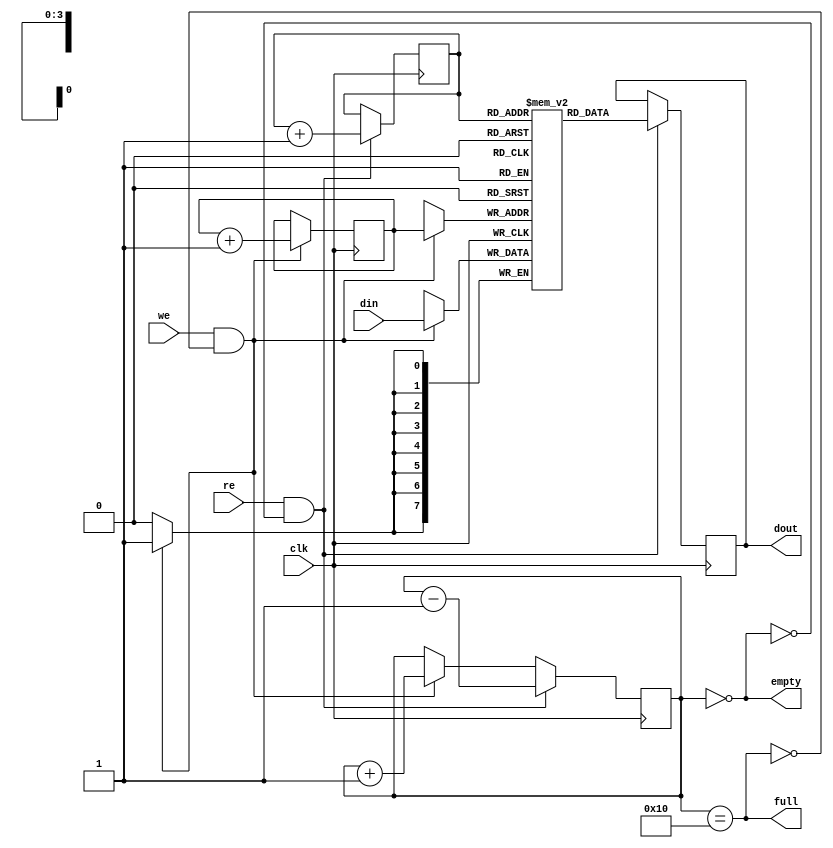
module fifo(
    input clk,
    input we,
    input re,
    input [7:0] din,
    output reg [7:0] dout,
    output empty,
    output full
);

parameter FIFO_DEPTH = 16;  
parameter ADDR_WIDTH = 4;  

reg [7:0] fifo_mem[FIFO_DEPTH-1:0];
reg [ADDR_WIDTH-1:0] w_ptr, r_ptr; 
reg [ADDR_WIDTH:0] count;       


assign empty = (count == 0);
assign full = (count == FIFO_DEPTH);

always @(posedge clk) begin
   
    if (we && !full) begin
        fifo_mem[w_ptr] <= din;
        w_ptr <= w_ptr + 1;
        count <= count + 1;
    end

  
    if (re && !empty) begin
        dout <= fifo_mem[r_ptr];
        r_ptr <= r_ptr + 1;
        count <= count - 1;
    end
end


initial begin
    w_ptr = 0;
    r_ptr = 0;
    count = 0;
end

endmodule